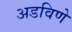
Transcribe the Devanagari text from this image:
अडविणे